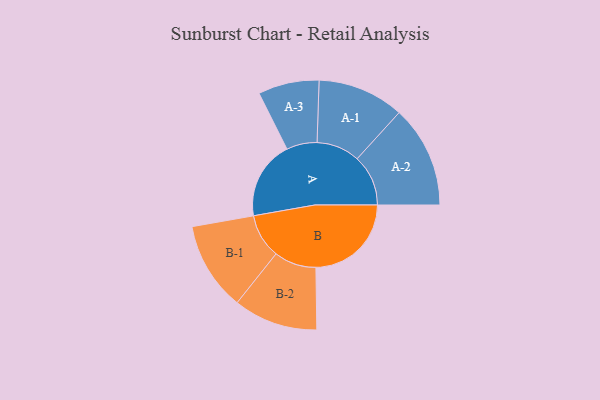
{"axis": {"x": "Segment", "y": "Value"}, "legend": ["", "A", "B"], "data": [{"x": "A", "y": 283, "type": ""}, {"x": "B", "y": 344, "type": ""}, {"x": "A-1", "y": 156, "type": "A"}, {"x": "A-2", "y": 184, "type": "A"}, {"x": "A-3", "y": 110, "type": "A"}, {"x": "B-1", "y": 160, "type": "B"}, {"x": "B-2", "y": 152, "type": "B"}]}